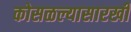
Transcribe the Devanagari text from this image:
कोसळल्यासारखी